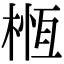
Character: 㮓